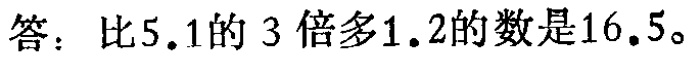
答：比\(5.1\)的\(3\)倍多\(1.2\)的数是\(16.5\)。